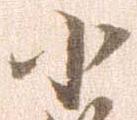
小